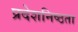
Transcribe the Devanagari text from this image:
प्रदेशनिष्ठता